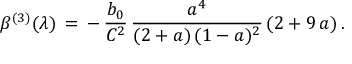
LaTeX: { \beta } ^ { ( 3 ) } ( { \lambda } ) \, = \, - \, \frac { b _ { 0 } } { C ^ { 2 } } \, \frac { a ^ { 4 } } { ( 2 + a ) \, ( 1 - a ) ^ { 2 } } \, ( 2 + 9 \, a ) \, .